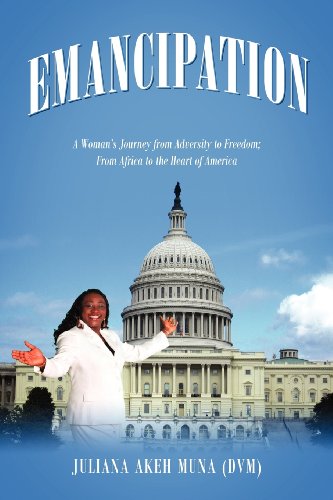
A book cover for EMANCIPATION: A Woman's Journey from Adversity to Freedom; From Africa to the Heart of America; Juliana Akeh Muna DVM; Religion & Spirituality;